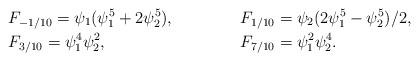
LaTeX: \begin{align*}&F_{-1/10}=\psi_1(\psi_1^5+2\psi_2^5), &&F_{1/10}=\psi_2(2\psi_1^5-\psi_2^5)/2,\\&F_{3/10}=\psi_1^4\psi_2^2, &&F_{7/10}=\psi_1^2\psi_2^4.\end{align*}